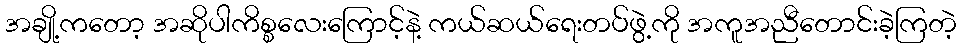
အချို့ကတော့ အဆိုပါကိစ္စလေးကြောင့်နဲ့ ကယ်ဆယ်ရေးတပ်ဖွဲ့ကို အကူအညီတောင်းခဲ့ကြတဲ့